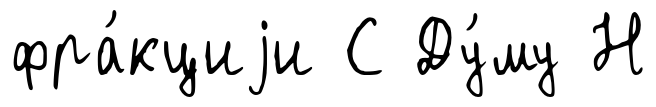
фра́кциjи С Ду́му Н